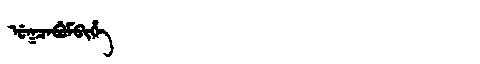
Manchu: ᡠᡴᠴᠠᠪᡠᠮᠪᡳᡥᡝ
Romanization: UKCABUMBIHE